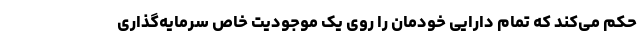
حکم می‌کند که تمام دارایی خودمان را روی یک موجودیت خاص سرمایه‌گذاری